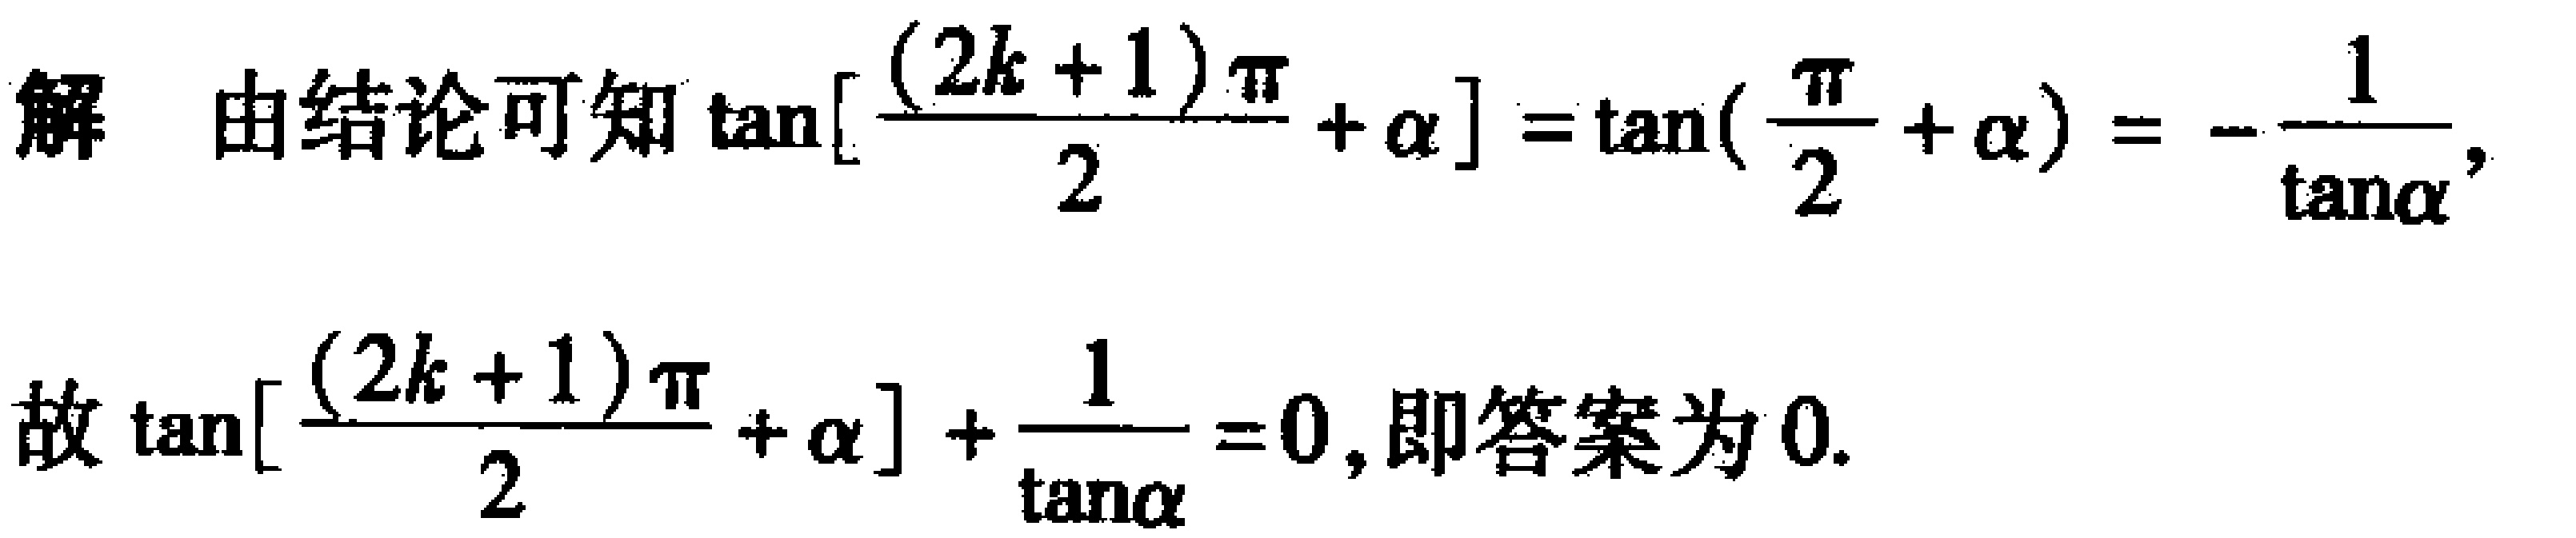
解 由结论可知\(\tan\left[\frac{(2k + 1)\pi}{2}+\alpha\right]=\tan\left(\frac{\pi}{2}+\alpha\right)=-\frac{1}{\tan\alpha}\)，

故\(\tan\left[\frac{(2k + 1)\pi}{2}+\alpha\right]+\frac{1}{\tan\alpha}=0\)，即答案为\(0\).